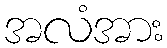
အလံအား